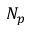
N _ { p }